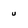
Character: u